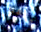
ملقط